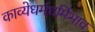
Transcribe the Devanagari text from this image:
काव्येधर्मधर्मिभाव